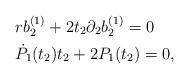
LaTeX: \begin{align*}& rb_{2}^{(1)} + 2 t_{2} \partial_{2} b_{2}^{(1)} =0\\& \dot{P}_{1} (t_{2})t_{2} + 2 P_{1} (t_{2}) =0,\end{align*}